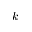
k